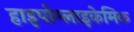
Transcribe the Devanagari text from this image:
हाइपोग्लाइकेमिक